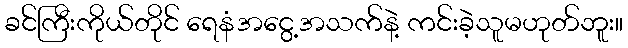
ခင်ကြီးကိုယ်တိုင် ရေနံအငွေ့အသက်နဲ့ ကင်းခဲ့သူမဟုတ်ဘူး။